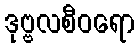
ဒုဗ္ဗလစီဝရော